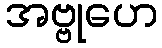
အဗ္ဗုဟေ